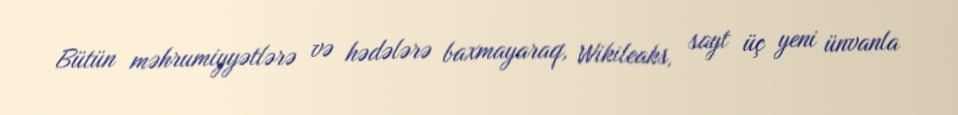
Bütün məhrumiyyətlərə və hədələrə baxmayaraq, Wikileaks, sayt üç yeni ünvanla